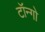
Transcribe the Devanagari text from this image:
टॉन्गो